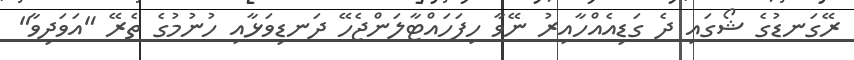
ރޭގަނޑުގެ ޝޯގައި ދެ ގަޑިއެއްހާއިރު ނޭވާ ހިފަހައްޓާލަންޖެހޭ ދަނޑިވަޅާއި ހުނުމުގެ ތެރޭ "އަވަދިވާ"